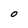
Character: O